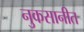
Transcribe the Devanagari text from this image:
नुकसानीत